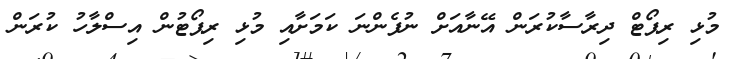
މުޅި ރިޕޯޓް ދިރާސާކުރަން އޭނާއަށް ނުފެންނަ ކަމަށާއި މުޅި ރިޕޯޓުން އިސްލާހު ކުރަން